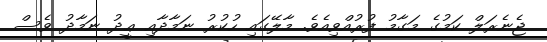
ޖެނެރަލް ކަމުގެ މަގާމު ފުރުއްވިއެވެ. މާލޭގައި ހުކުރު ނަމާދާއި ޢީދު ނަމާދު ވެސް